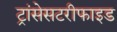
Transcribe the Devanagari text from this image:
ट्रांसेसटरीफाइड